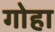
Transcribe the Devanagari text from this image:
गोहा